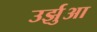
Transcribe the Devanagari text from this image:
उर्झुआ